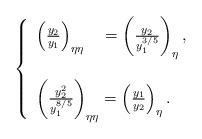
LaTeX: \begin{align*}\left\{ \begin{array}{ll} \left(\frac{y_2}{y_1}\right)_{\eta\eta}\ \ \ =\left(\frac{y_2}{y_1^{3/5}}\right)_{\eta}, \\ \\\left(\frac{y_2^2}{y_1^{8/5}}\right)_{\eta\eta}=\left(\frac{y_1}{y_2}\right)_\eta. \end{array} \right.\end{align*}